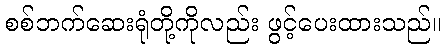
စစ်ဘက်ဆေးရုံတို့ကိုလည်း ဖွင့်ပေးထားသည်။